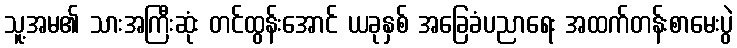
သူ့အမ၏ သားအကြီးဆုံး တင်ထွန်းအောင် ယခုနှစ် အခြေခံပညာရေး အထက်တန်းစာမေးပွဲ